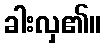
ခါးလှ၏။